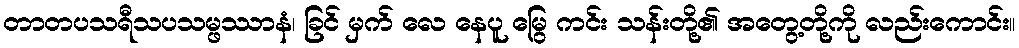
တာတပသရီသပသမ္ဖဿာနံ၊ ခြင် မှက် လေ နေပူ မြွေ ကင်း သန်းတို့၏ အတွေ့တို့ကို လည်းကောင်း။